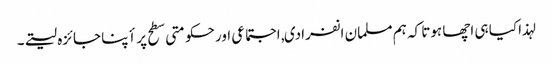
لہذا کیا ہی اچھا ہوتا کہ ہم مسلمان انفرادی, اجتماعی اور حکومتی سطح پر أپنا جائزہ لیتے۔